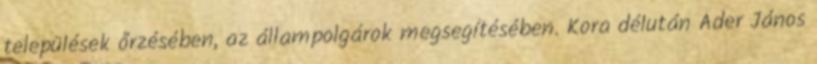
települések őrzésében, az állampolgárok megsegítésében. Kora délután Áder János